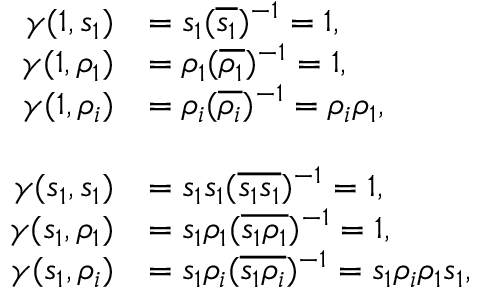
\begin{array} { r l r } { \gamma ( 1 , s _ { 1 } ) } & { = s _ { 1 } ( \overline { { s _ { 1 } } } ) ^ { - 1 } = 1 , } \\ { \gamma ( 1 , \rho _ { 1 } ) } & { = \rho _ { 1 } ( \overline { { \rho _ { 1 } } } ) ^ { - 1 } = 1 , } \\ { \gamma ( 1 , \rho _ { i } ) } & { = \rho _ { i } ( \overline { { \rho _ { i } } } ) ^ { - 1 } = \rho _ { i } \rho _ { 1 } , } \\ & { } & \\ { \gamma ( s _ { 1 } , s _ { 1 } ) } & { = s _ { 1 } s _ { 1 } ( \overline { { s _ { 1 } s _ { 1 } } } ) ^ { - 1 } = 1 , } \\ { \gamma ( s _ { 1 } , \rho _ { 1 } ) } & { = s _ { 1 } \rho _ { 1 } ( \overline { { s _ { 1 } \rho _ { 1 } } } ) ^ { - 1 } = 1 , } \\ { \gamma ( s _ { 1 } , \rho _ { i } ) } & { = s _ { 1 } \rho _ { i } ( \overline { { s _ { 1 } \rho _ { i } } } ) ^ { - 1 } = s _ { 1 } \rho _ { i } \rho _ { 1 } s _ { 1 } , } \end{array}